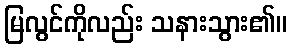
မြလွင်ကိုလည်း သနားသွား၏။